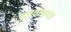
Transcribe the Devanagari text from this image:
अश्वत्थपत्र